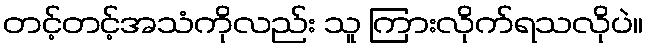
တင့်တင့်အသံကိုလည်း သူ ကြားလိုက်ရသလိုပဲ။